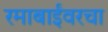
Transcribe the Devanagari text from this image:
रमाबाईंवरचा